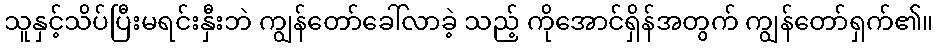
သူနှင့်သိပ်ပြီးမရင်းနှီးဘဲ ကျွန်တော်ခေါ်လာခဲ့ သည့် ကိုအောင်ရှိန်အတွက် ကျွန်တော်ရှက်၏။